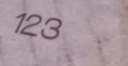
123